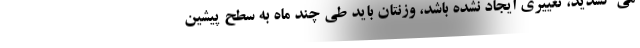
می کشدید، تغییری ایجاد نشده باشد، وزنتان باید طی چند ماه به سطح پیشین